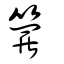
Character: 籮